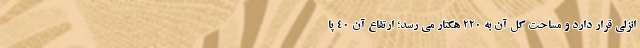
انزلی قرار دارد و مساحت کل آن به ۲۲۰ هکتار می رسد؛ ارتفاع آن ۴۰ پا